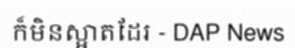
ក៏មិនស្អាតដែរ - DAP News